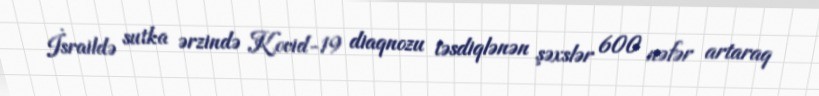
İsraildə sutka ərzində Kovid-19 diaqnozu təsdiqlənən şəxslər 600 nəfər artaraq